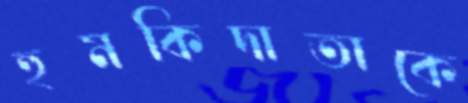
হুমকিদাতাকে